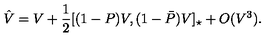
\hat { V } = V + \frac { 1 } { 2 } [ ( 1 - P ) V , ( 1 - \bar { P } ) V ] _ { \star } + O ( V ^ { 3 } ) .